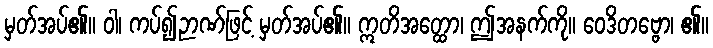
မှတ်အပ်၏။ ဝါ၊ ကပ်၍ဉာဏ်ဖြင့် မှတ်အပ်၏။ ဣတိအတ္ထော၊ ဤအနက်ကို။ ဝေဒိတဗ္ဗော၊ ၏။